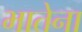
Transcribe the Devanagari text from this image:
भातेना